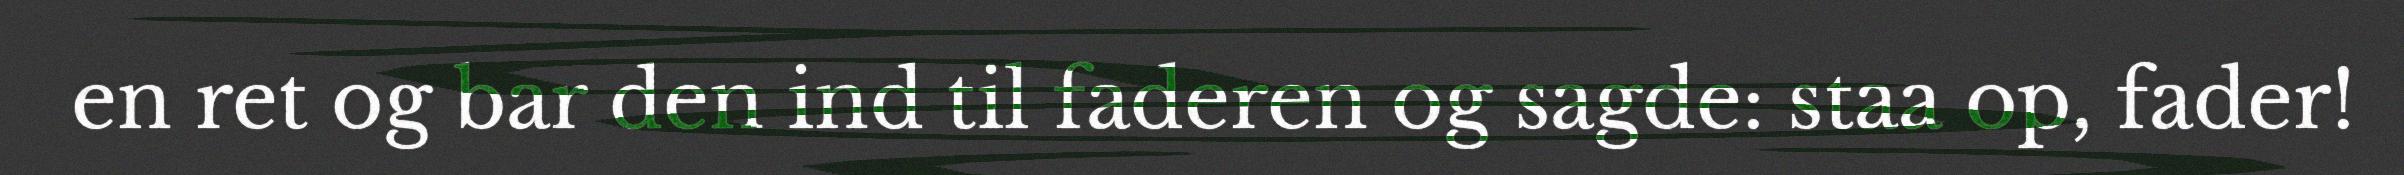
en ret og bar den ind til faderen og sagde: staa op, fader!